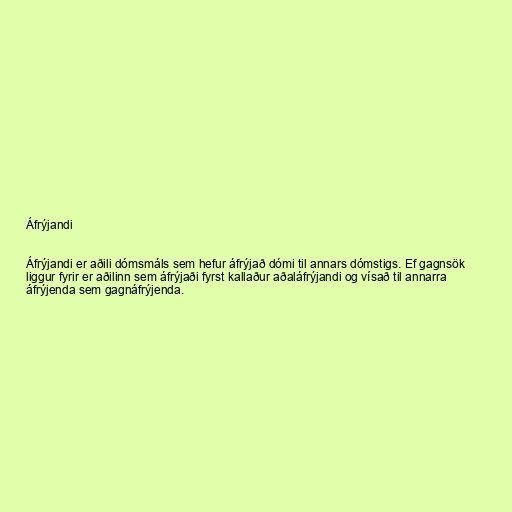
Áfrýjandi

Áfrýjandi er aðili dómsmáls sem hefur áfrýjað dómi til annars dómstigs. Ef gagnsök
liggur fyrir er aðilinn sem áfrýjaði fyrst kallaður aðaláfrýjandi og vísað til annarra
áfrýjenda sem gagnáfrýjenda.